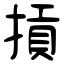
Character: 摃